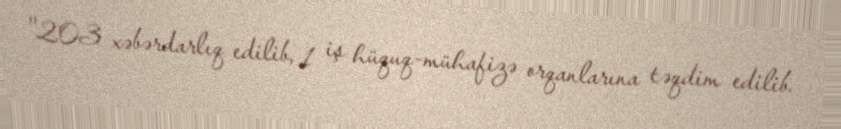
''203 xəbərdarlıq edilib, 1 iş hüquq-mühafizə orqanlarına təqdim edilib.